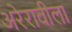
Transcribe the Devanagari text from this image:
अरेरावीला